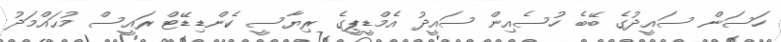
ހަސަން ސައީދުގެ ބޭބެ ހުސެއިން ސައީދު އެމްޑީޕީގެ ރިޔާސީ ކެންޑިޑޭޓް ރައީސް މުޙައްމަދު